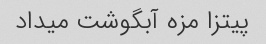
پیتزا مزه آبگوشت میداد